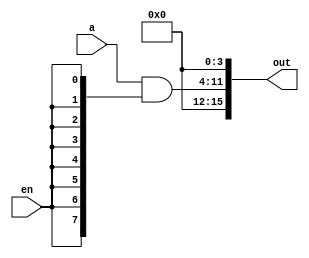
module shift4_8bit(
	input [7:0] a,
	input en,
	output [15:0] out
);

assign out[15:12] = 4'b0;
assign out[11:4] = a&{8{en}};
assign out[3:0] = 4'b0;

endmodule